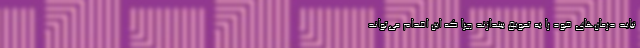
نباید درمان‌های خود را به تعویق بیندازند چرا که این اقدام می‌تواند